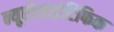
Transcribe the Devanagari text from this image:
न्यूरोसाइंटिफिक